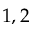
1 , 2